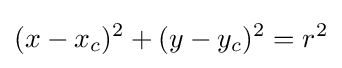
(x-x_{c})^{2}+(y-y_{c})^{2}=r^{2}